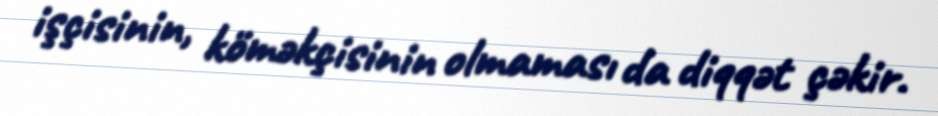
işçisinin, köməkçisinin olmaması da diqqət çəkir.